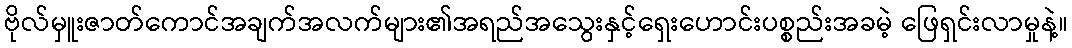
ဗိုလ်မှူးဇာတ်ကောင်အချက်အလက်များ၏အရည်အသွေးနှင့်ရှေးဟောင်းပစ္စည်းအခမဲ့ ဖြေရှင်းလာမှုနဲ့။